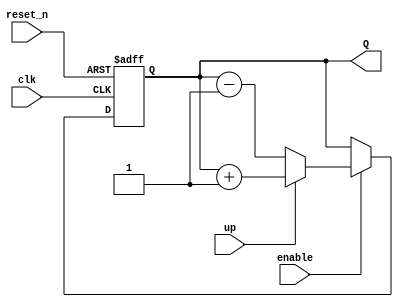
`timescale 1ns / 1ps
//////////////////////////////////////////////////////////////////////////////////
// Company: 
// Engineer: 
// 
// Design Name: 
// Module Name: up_down_counter
// Project Name: 
// Target Devices: 
// Tool Versions: 
// Description: 
// 
// Dependencies: 
// 
// Revision:
// Revision 0.01 - File Created
// Additional Comments:
// 
//////////////////////////////////////////////////////////////////////////////////


module up_down_counter
    #(parameter BITS = 4)(
    input clk,
    input reset_n,
    input enable,
    input up, // when asserted the counter is up counter; otherwise it is a down couner
    output [BITS-1:0] Q
    );
    
    reg [BITS-1:0] Q_reg, Q_next;
    
    always@(posedge clk, negedge reset_n)
    begin
        if (~reset_n)
            Q_reg <= 'b0;
        else if(enable)
            Q_reg <= Q_next; 
        else 
            Q_reg <= Q_reg;      // if enable is 0 then the value stays as the current value 
    end
    
    // Next state logic
    always@(Q_reg, up)
    begin
        Q_next = Q_reg; //default just in case
        if (up)
            Q_next = Q_reg +1;
        else 
            Q_next = Q_reg -1;         
    end     
    
    // output logic
    assign Q = Q_reg;
    
endmodule